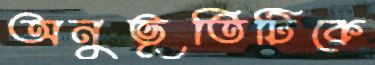
অনুভূতিটিকে